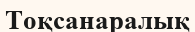
Тоқсанаралық